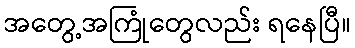
အတွေ့အကြုံတွေလည်း ရနေပြီ။